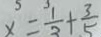
x = \frac { 1 } { 3 } + \frac { 3 } { 5 }